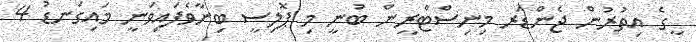
ީގެ އިތުރުން ޖެންޑަރ މިނިސްޓްރީން ބުނީ މި ޕޮލިސީ ބިނާވެފައިވަނީ މައިގަނޑު 4